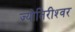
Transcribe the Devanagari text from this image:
ज्योतिरीश्‍वर